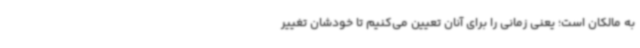
به مالکان است؛ یعنی زمانی را برای آنان تعیین می‌کنیم تا خودشان تغییر